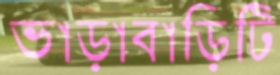
ভাড়াবাড়িটি